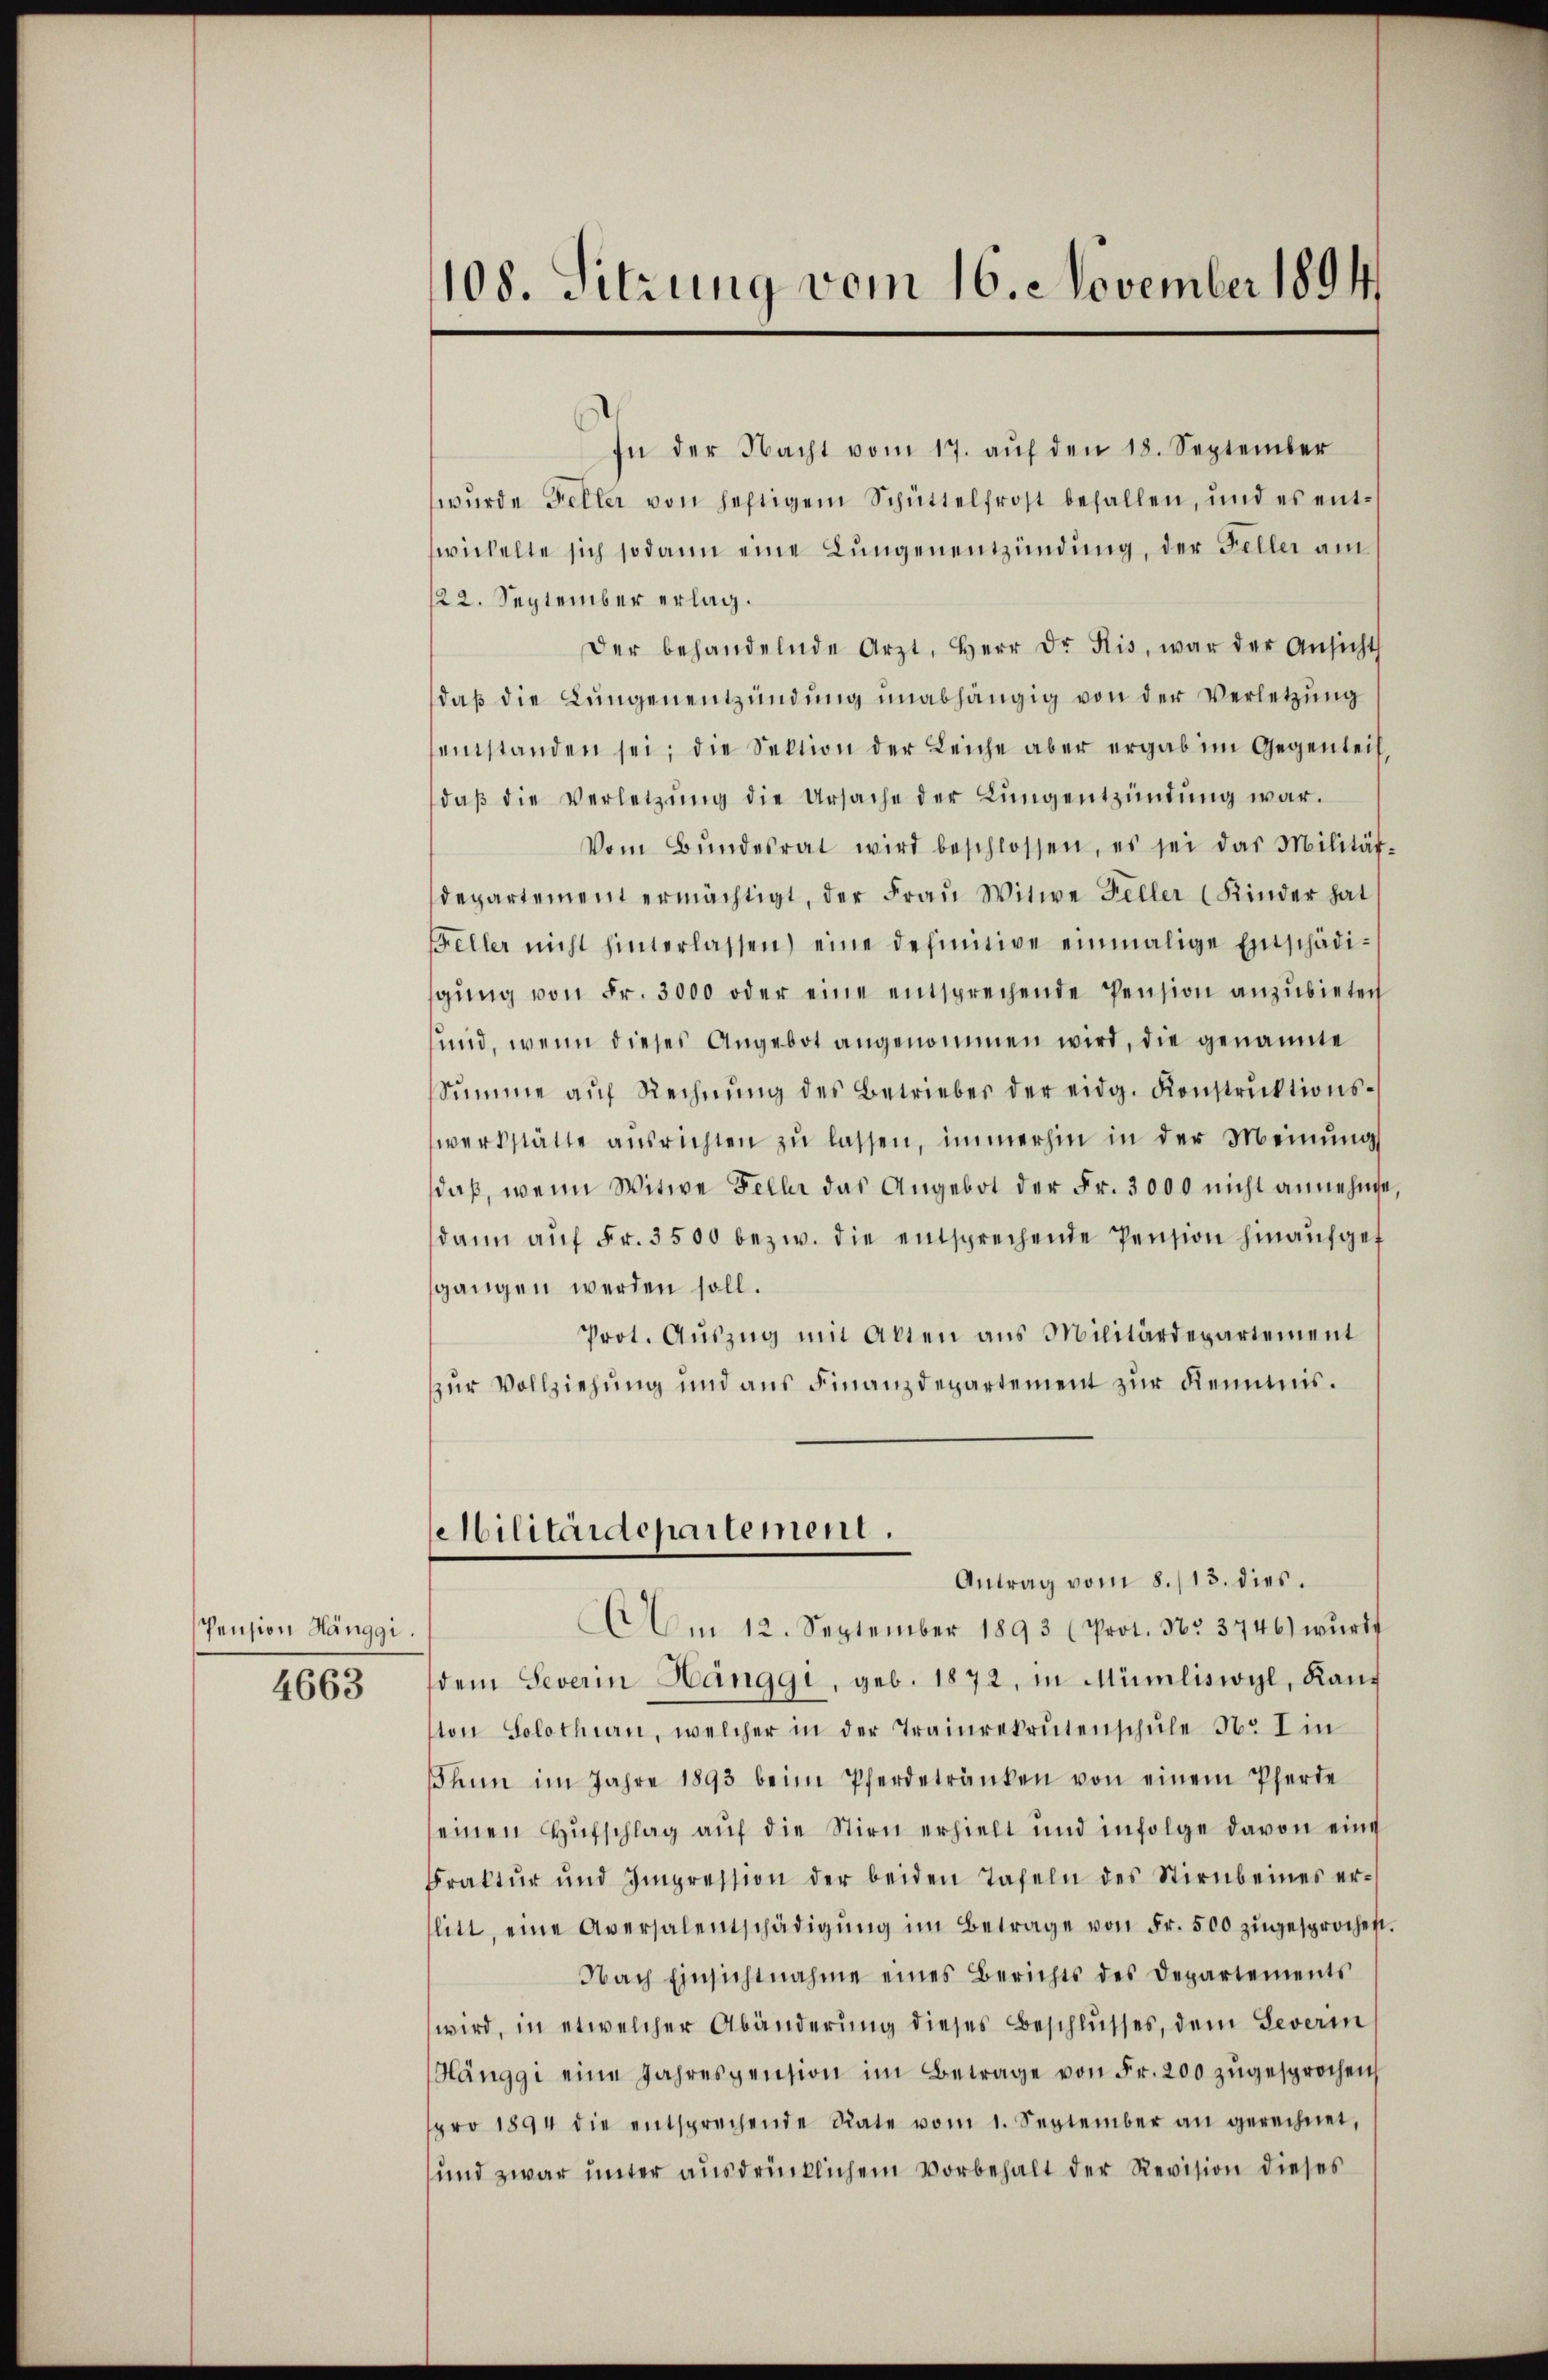
Pension Hänggi.
4663

108. Sitzung vom 16. November 1894

In der Nacht vom 17. aŭf den 18. September
wurde Feller von heftigem Schüttelfrost befallen, und es entwickelte sich sodann eine Lungenentzündung, der Feller am
122. September erlag.
Der behandelnde Arzt, Herr Dr. Kis, war der Ansicht
daβ die Lungenentzündŭng unabhängig von der Verletzung
entstanden sei; die Sektion der Leiche aber ergab im Gegenteil
daβ die Verletzŭng die Ursache der Lungentzüntŭng war.
Vom Bŭndesrat wird beschlossen, es sei das Militär-
departement ermächtigt, der Fraŭ Witwe Feller (Kinder hat
Feller nicht hinterlassen) eine definitive einmalige Einschädi-
gŭng von Fr. 3000 oder eine entsprechende Pension anzŭbieten
und, wenn dieses Angebot angenommen wird, die genannte
Sŭmme aŭf Rechnŭng des Betrieber der eidg. Konstrŭktions-
werkstätte ausrichten zŭ lassen, immerhin in der Meinung
daß, wenn Witwe Feller das Angebot der Fr. 3000 nicht annehme
dann aŭf Fr. 3500 bezw. die entsprechende Pension hinaufgef
gangen werden soll.
Prot. Auszug mit Alten aus Militärdepartement
zur Vollziehung und aus Finanzdepartement zur Reimis¬
Militärdepartement.
Antrag vom 8./13. dies.
Am 12. September 1893 (Prot. No. 3746) wurd
dem Severin Hänggi, geb. 1872, in Mümliswyl, Kaŭf
ton Solothurn, welcher in der Trainrekrutenschŭle Nr. I in
Thun im Jahre 1893 beim Pferdetränken von einem Pferde
seinen Hŭfschlag aŭf die Stirn erhielt und infolge davon eine
Braktŭr ŭnd Impression der beiden Tafeln des Stirnbeines er-
litt, eine Aversalentschädigŭng im Betrage von Fr. 500 zŭgesprochen.
Nach Einsichtnahme eines Berichts des Departements
wird, in etwelcher Abänderung dieses Beschlusses, dem Severin
Hänggi eine Jahrespension im Betrage von Fr. 200 zŭgesprochen,
pro 1894 die entsprechende Rate vom 1. September an gerechnet,
und zwar unter ausdrücklichem Vorbehalt der Revision dieses